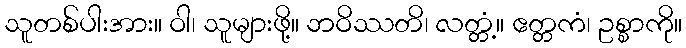
သူတစ်ပါးအား။ ဝါ၊ သူများဖို့။ ဘဝိဿတိ၊ လတ္တံ့။ ဧတ္တကံ၊ ဥစ္စာကို။